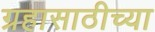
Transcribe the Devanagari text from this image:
ग्रहासाठीच्या